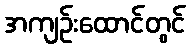
အကျဉ်းထောင်တွင်